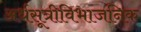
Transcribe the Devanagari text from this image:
अर्धसूत्रीविभाजनिक